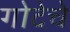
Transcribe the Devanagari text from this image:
गोदेचे